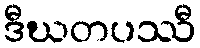
ဒီဃတပဿီ